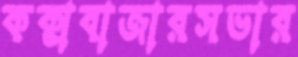
কক্সবাজারসভার